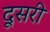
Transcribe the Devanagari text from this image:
दूसरी